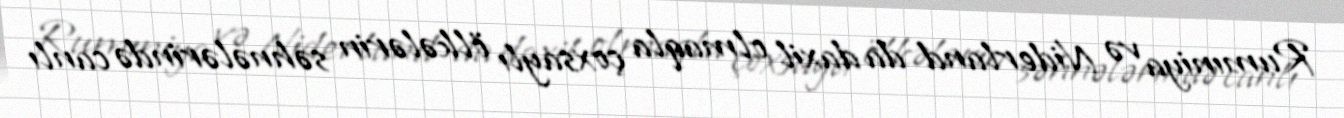
Rumıniya və Niderland da daxil olmaqla çoxsaylı ölkələrin səhnələrində canlı